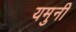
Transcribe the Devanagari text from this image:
यमुनी